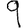
Digit: 9